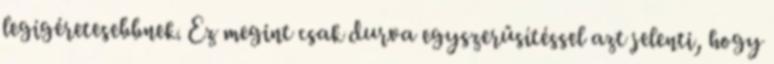
legígéretesebbnek. Ez megint csak durva egyszerűsítéssel azt jelenti, hogy